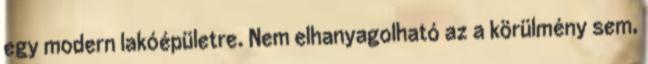
egy modern lakóépületre. Nem elhanyagolható az a körülmény sem,